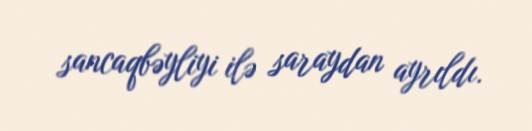
sancaqbəyliyi ilə saraydan ayrıldı.